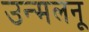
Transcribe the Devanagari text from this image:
उन्मलनू